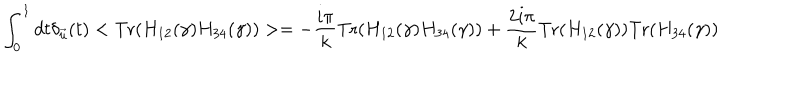
\int _ { 0 } ^ { 1 } d t \delta _ { \vec { u } } ( t ) < \mathrm { T r } ( H _ { 1 2 } ( \gamma ) H _ { 3 4 } ( \gamma ) ) > = - { \frac { i \pi } { k } } \mathrm { T r } ( H _ { 1 2 } ( \gamma ) H _ { 3 4 } ( \gamma ) ) + { \frac { 2 i \pi } { k } } \mathrm { T r } ( H _ { 1 2 } ( \gamma ) ) \mathrm { T r } ( H _ { 3 4 } ( \gamma ) )